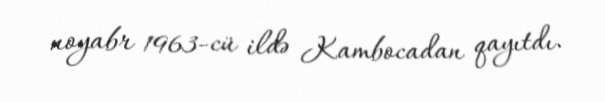
noyabr 1963-cü ildə Kambocadan qayıtdı.